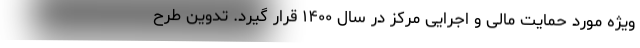
ویژه مورد حمایت مالی و اجرایی مرکز در سال ۱۴۰۰ قرار گیرد. تدوین طرح